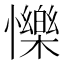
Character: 㦡